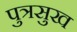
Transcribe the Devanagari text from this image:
पुत्रसुख